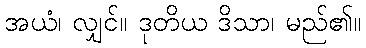
အယံ၊ လျှင်။ ဒုတိယ ဒိသာ၊ မည်၏။